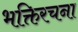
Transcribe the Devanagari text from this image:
भक्तिरचना